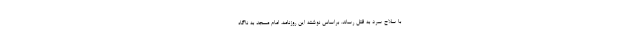
با سلاح سرد به قتل رساند. براساس نوشته این روزنامه، امام مسجد به ناگاه